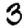
Digit: 3